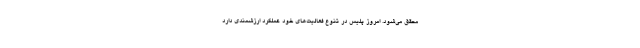
محقق می‌شود. امروز پلیس در تنوع فعالیت‌های خود عملکرد ارزشمندی دارد